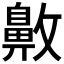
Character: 𪖖